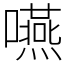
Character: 嚥